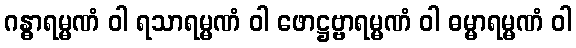
ဂန္ဓာရမ္မဏံ ဝါ ရသာရမ္မဏံ ဝါ ဖောဋ္ဌဗ္ဗာရမ္မဏံ ဝါ ဓမ္မာရမ္မဏံ ဝါ